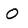
Character: 0